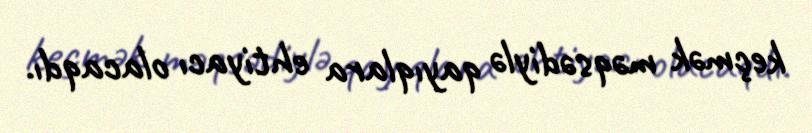
keçmək məqsədiylə qayıqlara ehtiyacı olacaqdı.